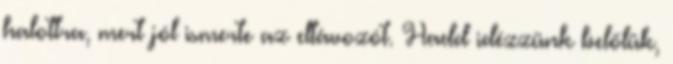
halottra, mert jól ismerte az eltávozót. Hadd idézzünk belőlük,